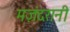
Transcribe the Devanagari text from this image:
मज़ंदरानी